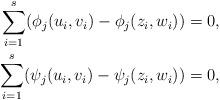
LaTeX: \begin{align*}\sum_{i=1}^s(\phi_j(u_i,v_i)-\phi_j(z_i,w_i))&=0,\\\sum_{i=1}^s(\psi_j(u_i,v_i)-\psi_j(z_i,w_i))&=0,\end{align*}